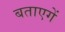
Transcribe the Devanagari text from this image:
बताएगें